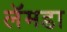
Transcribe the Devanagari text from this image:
लॅमडा